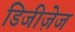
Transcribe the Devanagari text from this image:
डिजीज़ेज